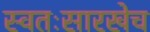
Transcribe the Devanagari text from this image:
स्वतःसारखेच